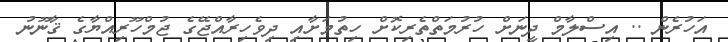
އަހުރެން .. އިސްލާމް ދީނަށް ހުރުމަތްތެރިކޮށް ހިތުމަށާއި ދިވެހިރާއްޖޭގެ ޖުމްހޫރިއްޔާގެ ޤާނޫނު